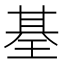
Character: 𤦢